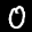
Label: 0